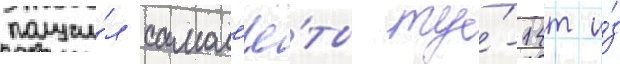
получи́л самол'ё́ты ту́-14т и́з